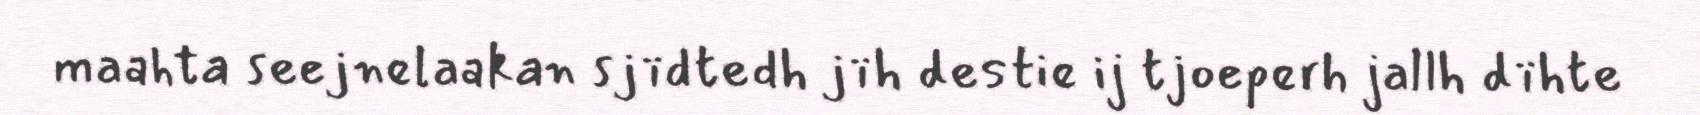
maahta seejnelaakan sjïdtedh jïh destie ij tjoeperh jallh dïhte